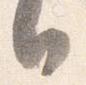
日